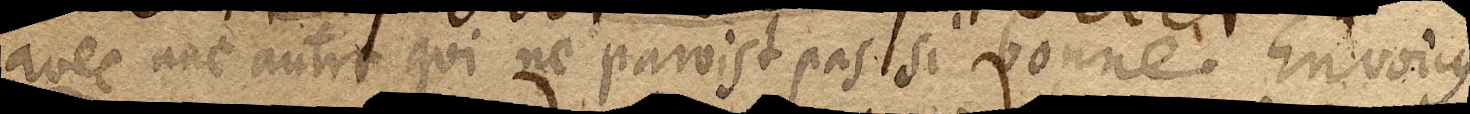
avec une autre qui ne paroist pas si bonne. Envoicy